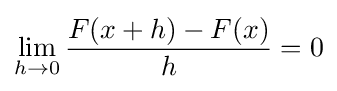
\lim _{h\to 0}{\frac {F(x+h)-F(x)}{h}}=0